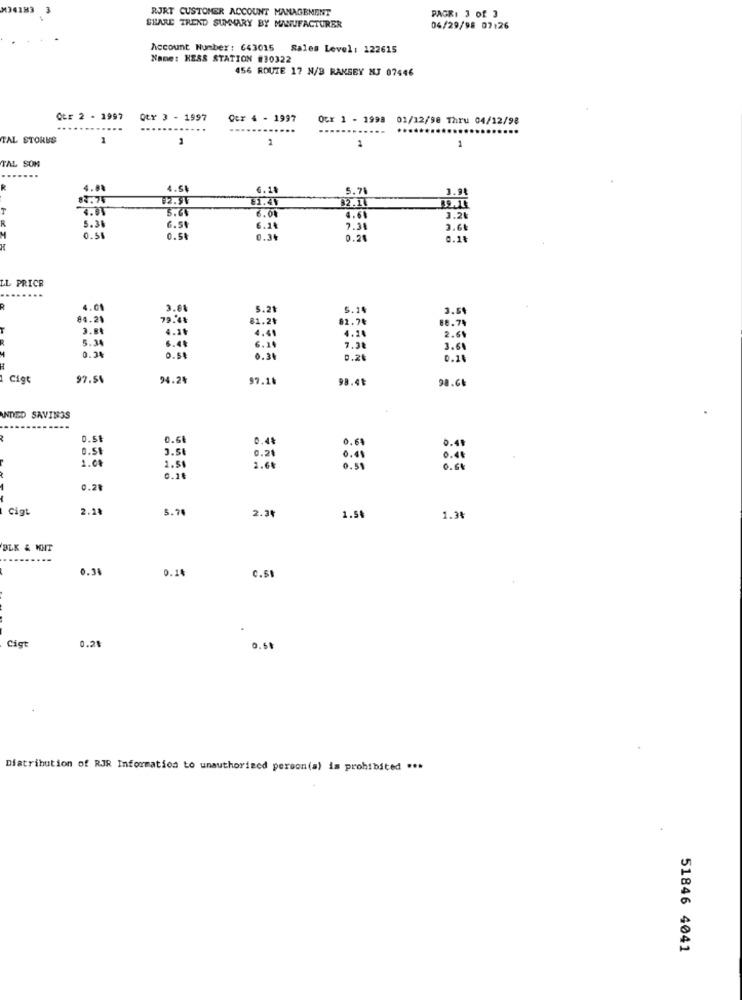
4183
RJRT CUSTOMER ACCOUNT MANAGEMENT
PAGR: 3 of 3
SHARE TREND SUMMARY BY MANUFACTURER
04/29/98 07:26
Account Number: 643015 Sales Level: 122615
Name: HESS STATION #30322
456 ROUTE 17 N/B RAMSEY NJ 07446
QtE 2 - 1997
OtY 3 - 1997
Cer 4 - 1997
Ocr 1 - 1998
01/12/98 Thru 04/12/98
TAL STORES
1
2
1
1
TAL SOM
R
4.88
4.51
6.18
5.71
3.94
83.75
$2.91
11.49
T
4.81
6.01
32.1.
5.38
6.5
4.61
3.26
6.14
3.68
0.51
0.51
0.3
0.2
0.1%
LL PRICE
R
4.01
3.01
5.21
5.14
3.59
84.24
79.4₺
81.21
82.74
88.74
3.84
4.10
4.41
4.24
2.68
5.34
6.49
7.28
3.61
0.34
0.58
0.30
0.2
0.1
Cige
97.5%
94.24
97.16
98.41
98.61
UNDED SAVINGS
0.51
0.68
0.4.
0.51
3.54
0.21
0,60
0.41
1.00
0.41
0.40
2.51
2.6₺
0.59
0.61
0.28
Cigt
2.24
5.70
2.34
1.58
1.3₺
BLK & KHT
0.38
0.14
C.SE
Cigt
0.28
0.60
Distribution of RJR Information to unauthorized person(a) is prohibited ***
51846 4041